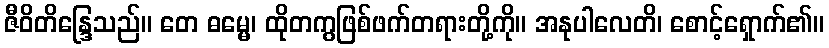
ဇီဝိတိန္ဒြေသည်။ တေ ဓမ္မေ၊ ထိုတကွဖြစ်ဖက်တရားတို့ကို။ အနုပါလေတိ၊ စောင့်ရှောက်၏။